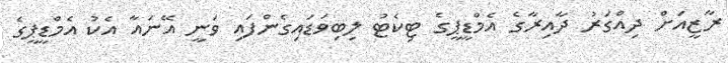
ރާޒީއަށް ދިއްގަރު ދާއިރާގެ އެމްޑީޕީގެ ޓިކެޓު ލިބިވަޑައިގެންފައި ވަނީ އޭނައާ އެކު އެމްޑީޕީގެ